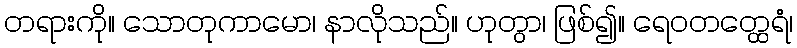
တရားကို။ သောတုကာမော၊ နာလိုသည်။ ဟုတွာ၊ ဖြစ်၍။ ရေဝတတ္ထေရံ၊